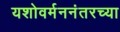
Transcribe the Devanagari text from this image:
यशोवर्मननंतरच्या